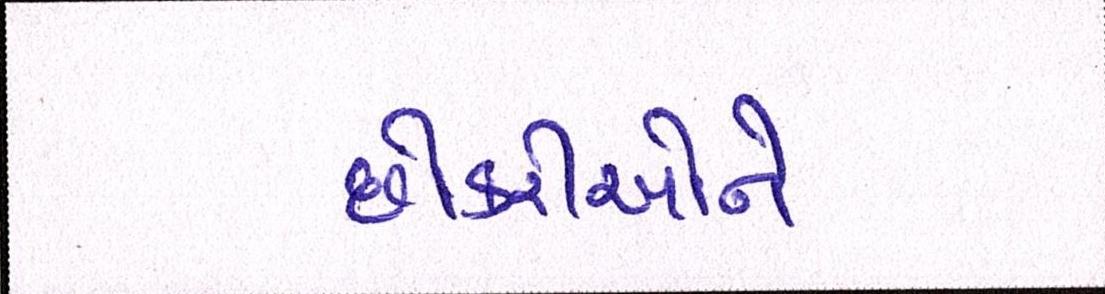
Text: છોકરીઓને